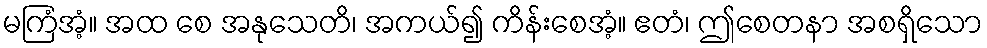
မကြံအံ့။ အထ စေ အနုသေတိ၊ အကယ်၍ ကိန်းစေအံ့။ ဧတံ၊ ဤစေတနာ အစရှိသော